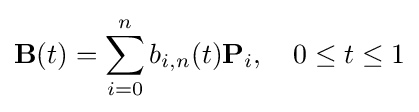
\mathbf {B} (t)=\sum _{i=0}^{n}b_{i,n}(t)\mathbf {P} _{i},\ \ \ 0\leq t\leq 1